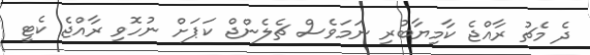
ދެ މެޗު ރާއްޖެ ކާމިޔާބުރި ނަމަވެސް ޗެލެންޖް ކަޕަށް ނުހޮވި ރާއްޖެ ކެޓީ